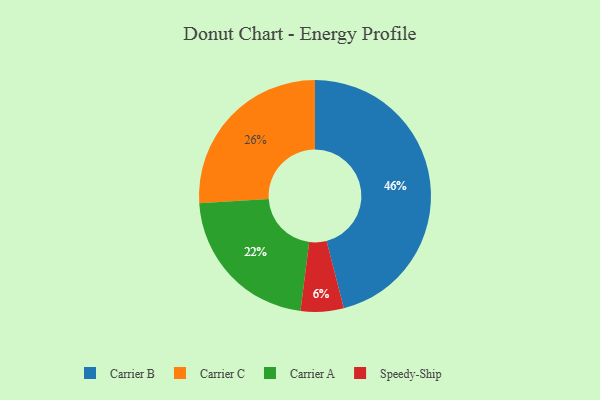
{"axis": {"x": "Category", "y": "Percentage"}, "legend": ["Carrier A", "Carrier B", "Carrier C", "Speedy-Ship"], "data": [{"x": "Carrier A", "y": 22, "type": "Carrier A"}, {"x": "Carrier C", "y": 26, "type": "Carrier C"}, {"x": "Carrier B", "y": 46, "type": "Carrier B"}, {"x": "Speedy-Ship", "y": 6, "type": "Speedy-Ship"}]}